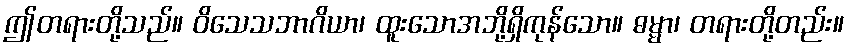
ဤတရားတို့သည်။ ဝိသေသဘာဂိယာ၊ ထူးသောအဘို့ရှိကုန်သော။ ဓမ္မာ၊ တရားတို့တည်း။